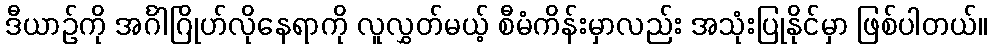
ဒီယာဉ်ကို အင်္ဂါဂြိုဟ်လိုနေရာကို လူလွှတ်မယ့် စီမံကိန်းမှာလည်း အသုံးပြုနိုင်မှာ ဖြစ်ပါတယ်။